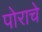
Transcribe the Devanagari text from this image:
पोराचे